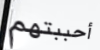
أحببتهم